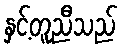
နှင့်တူညီသည်